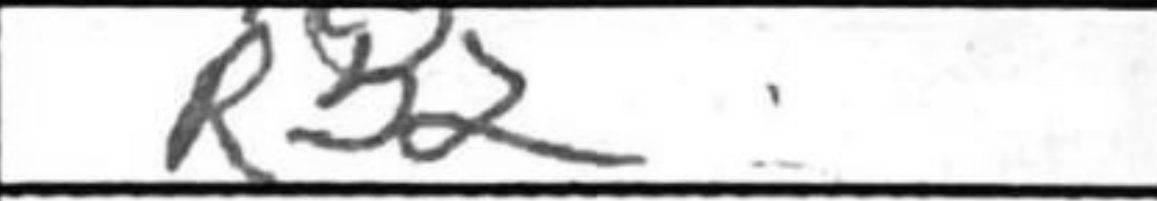
Transcription: Rb2